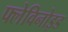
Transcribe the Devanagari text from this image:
फ्लेविनोइड